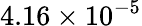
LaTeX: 4.16\times 10^{-5}